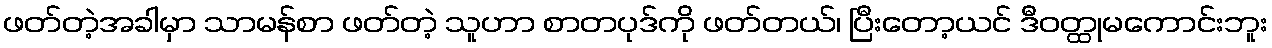
ဖတ်တဲ့အခါမှာ သာမန်စာ ဖတ်တဲ့ သူဟာ စာတပုဒ်ကို ဖတ်တယ်၊ ပြီးတော့ယင် ဒီဝတ္ထုမကောင်းဘူး